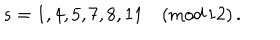
LaTeX: s = 1 , 4 , 5 , 7 , 8 , 1 1 \quad ( \textrm { m o d } \, 1 2 ) \, .